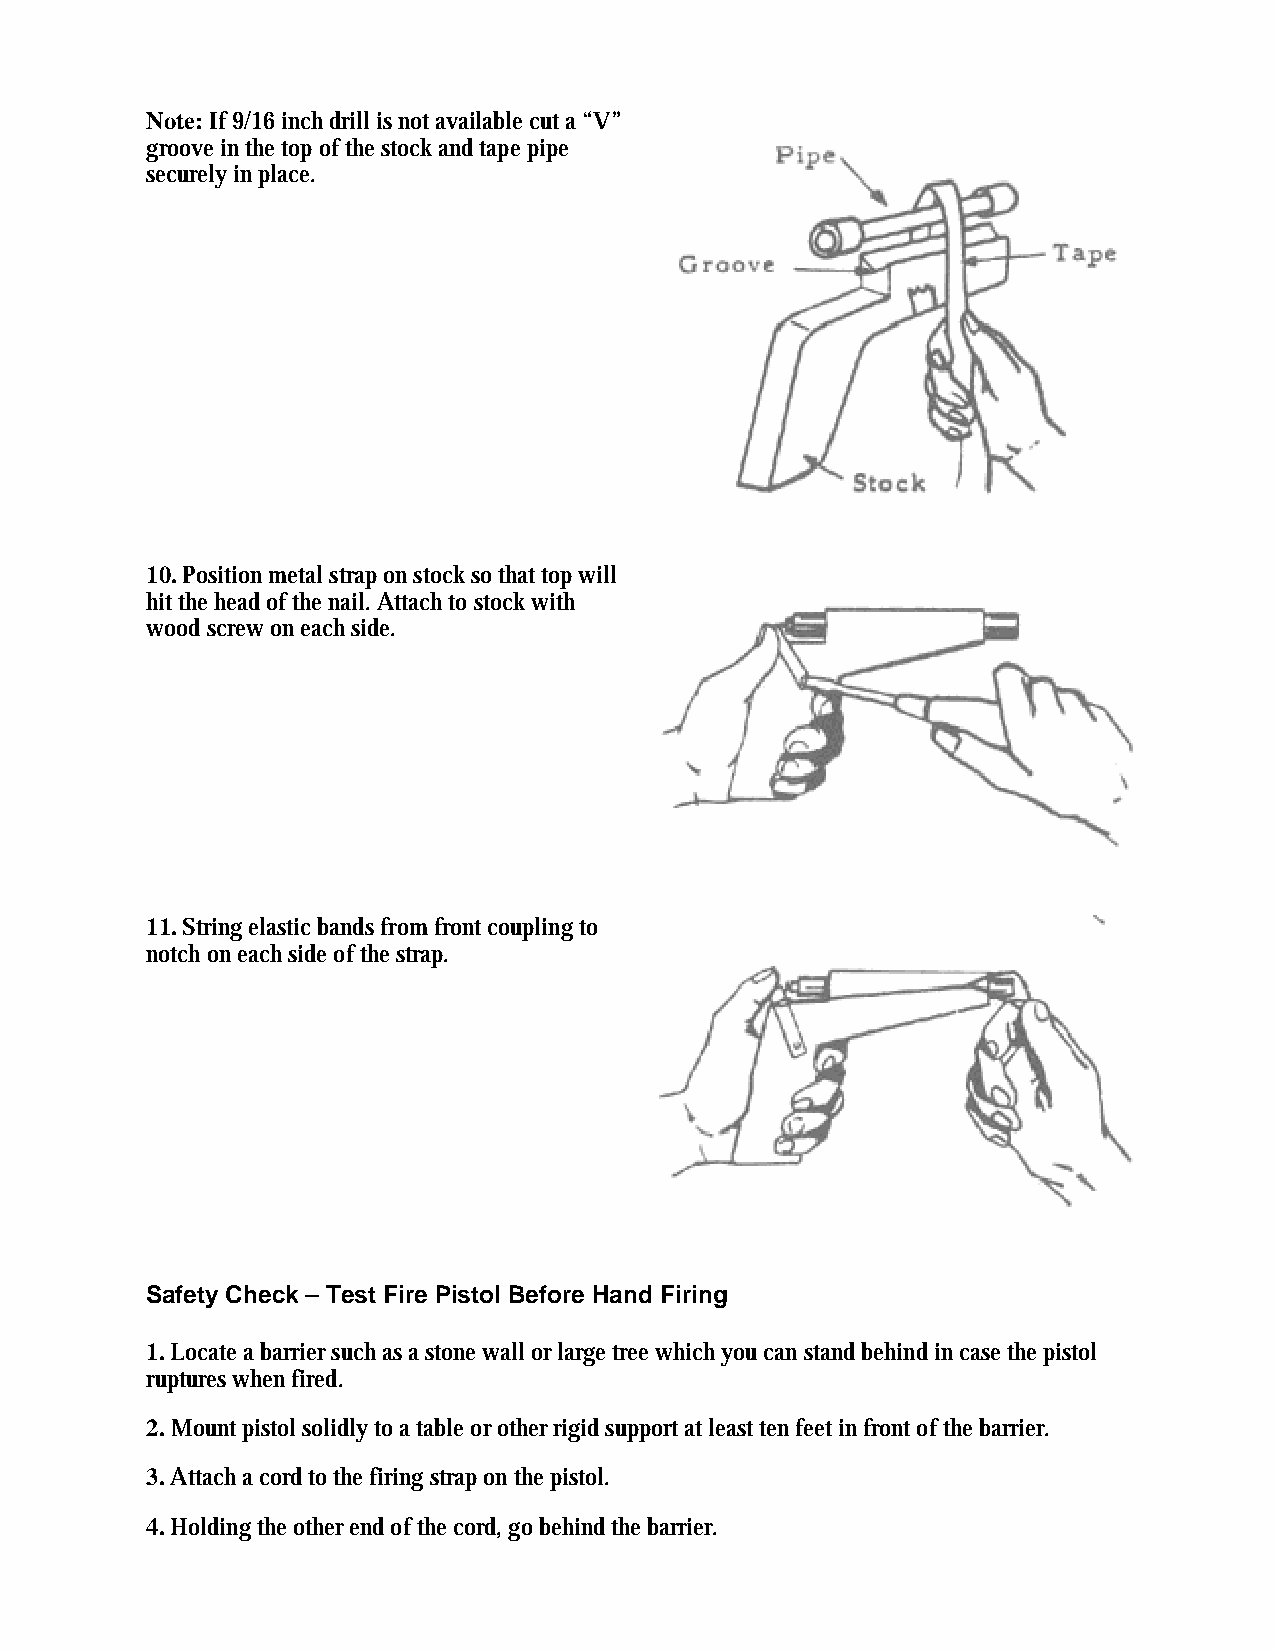
Note: If 9/16 inch drill is not available cut a “V”
 groove in the top of the stock and tape pipe
 securely in place.
 10. Position metal strap on stock so that top will
 hit the head of the nail. Attach to stock with
 wood screw on each side.
 11. String elastic bands from front coupling to
 notch on each side of the strap.
 Safety Check – Test Fire Pistol Before Hand Firing
 1. Locate a barrier such as a stone wall or large tree which you can stand behind in case the pistol
 ruptures when fired.
 2. Mount pistol solidly to a table or other rigid support at least ten feet in front of the barrier.
 3. Attach a cord to the firing strap on the pistol.
 4. Holding the other end of the cord, go behind the barrier.